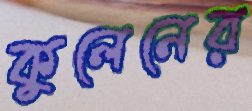
কুলেনের